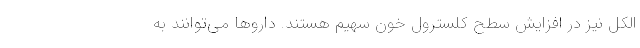
الکل نیز در افزایش سطح کلسترول خون سهیم هستند. دارو‌ها می‌توانند به